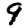
Digit: 9